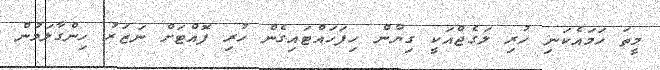
މީތަ ހަމައެކަނި ހުރި ލަގެޖްއަކީ ގިޔާން ހިފަހައްޓައިގެން ހުރި ފޮއްޓަށް ނަޒަރު ހިންގާލަމުން